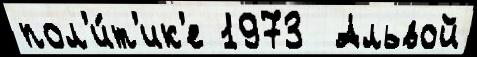
пол'и́т'ик'е 1973  Альвой